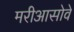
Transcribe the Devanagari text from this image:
मरीआसोवे